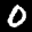
Label: 0